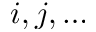
i , j , \dots